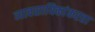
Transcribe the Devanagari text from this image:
व्यावसायिकांकरता